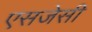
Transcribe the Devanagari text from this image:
एसजेसी